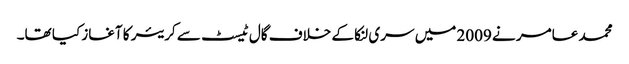
محمد عامر نے 2009 میں سری لنکا کے خلاف گال ٹیسٹ سے کریئر کا آغاز کیا تھا۔